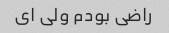
راضی بودم ولی ای